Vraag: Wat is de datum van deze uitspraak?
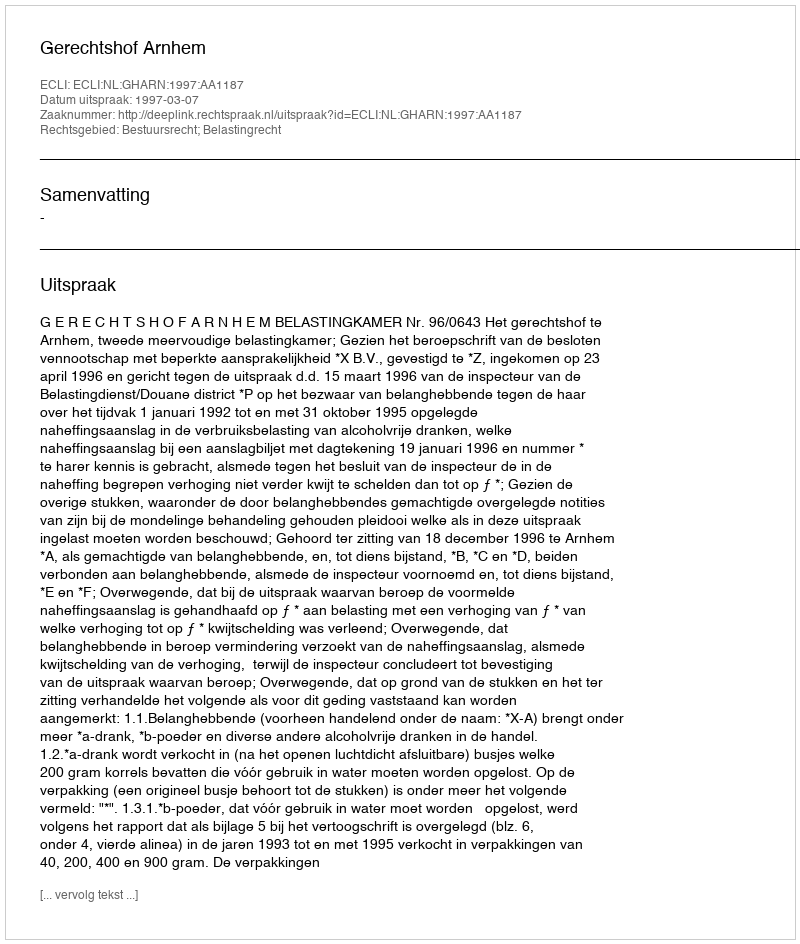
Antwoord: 1997-03-07